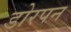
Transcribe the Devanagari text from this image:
डोरपन